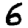
Digit: 6